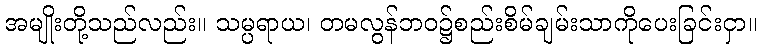
အမျိုးတို့သည်လည်း။ သမ္ပရာယ၊ တမလွန်ဘဝ၌စည်းစိမ်ချမ်းသာကိုပေးခြင်းငှာ။